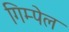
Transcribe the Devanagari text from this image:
गिम्पेल